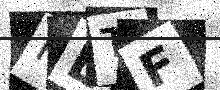
Text: FLTF